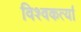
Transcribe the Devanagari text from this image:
विश्वकर्त्या